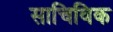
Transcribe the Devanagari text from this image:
साचिविक